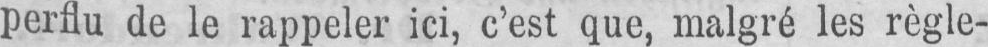
perflu de le rappeler ici, c’est que, malgré les règle-